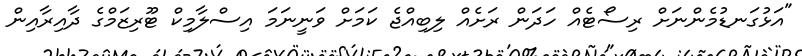
"އަޅުގަނޑުމެންނަށް ރިސޯޓެއްް ހަދަން ރަށެއް ލިބިއްޖެ ކަމަށް ވަނީނަމަ އިސްލާމިކް ޓޫރިޒަމްގެ ދާއިރާއިން